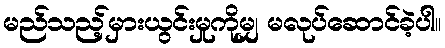
မည်သည့်မှားယွင်းမှုကိုမျှ မလုပ်ဆောင်ခဲ့ပါ။